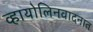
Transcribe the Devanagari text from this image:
व्हायोलिनवादनात